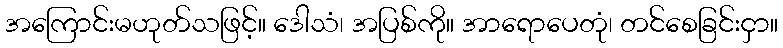
အကြောင်းမဟုတ်သဖြင့်။ ဒေါသံ၊ အပြစ်ကို။ အာရောပေတုံ၊ တင်စေခြင်းငှာ။